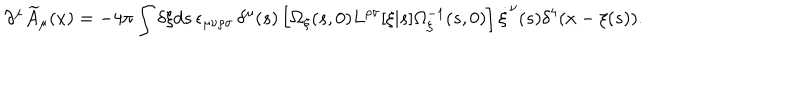
LaTeX: \partial ^ { \mu } \widetilde { A } _ { \mu } ( x ) = - 4 \pi \int \delta \xi d s \, \epsilon _ { \mu \nu \rho \sigma } \, \delta ^ { \mu } ( s ) \left[ \Omega _ { \xi } ( s , 0 ) L ^ { \rho \sigma } [ \xi | s ] \Omega _ { \xi } ^ { - 1 } ( s , 0 ) \right] \dot { \xi } ^ { \nu } ( s ) \delta ^ { 4 } ( x - \xi ( s ) ) .